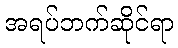
အရပ်ဘက်ဆိုင်ရာ